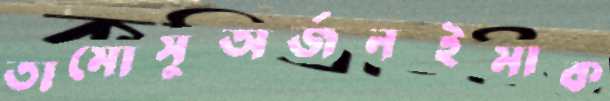
তামোসুঅর্জনইমাক